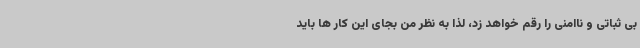
بی ثباتی و ناامنی را رقم خواهد زد، لذا به نظر من بجای این کار ها باید